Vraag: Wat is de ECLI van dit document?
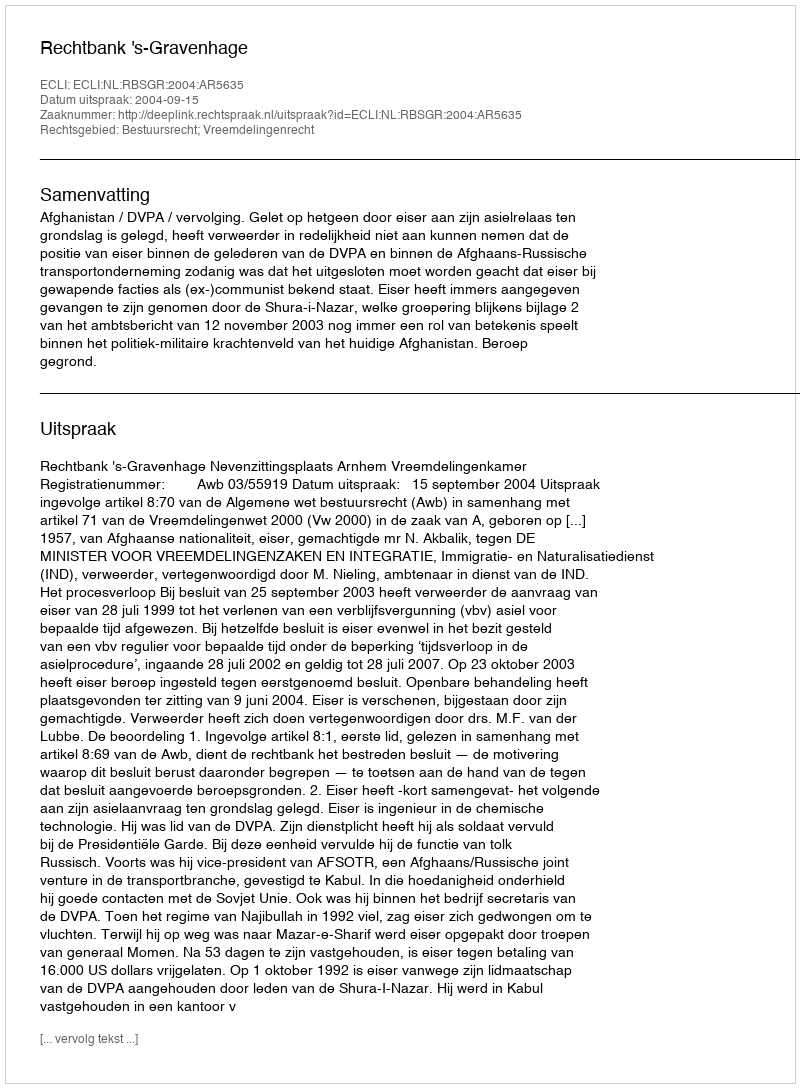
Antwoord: ECLI:NL:RBSGR:2004:AR5635